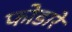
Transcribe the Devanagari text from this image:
फोडारे